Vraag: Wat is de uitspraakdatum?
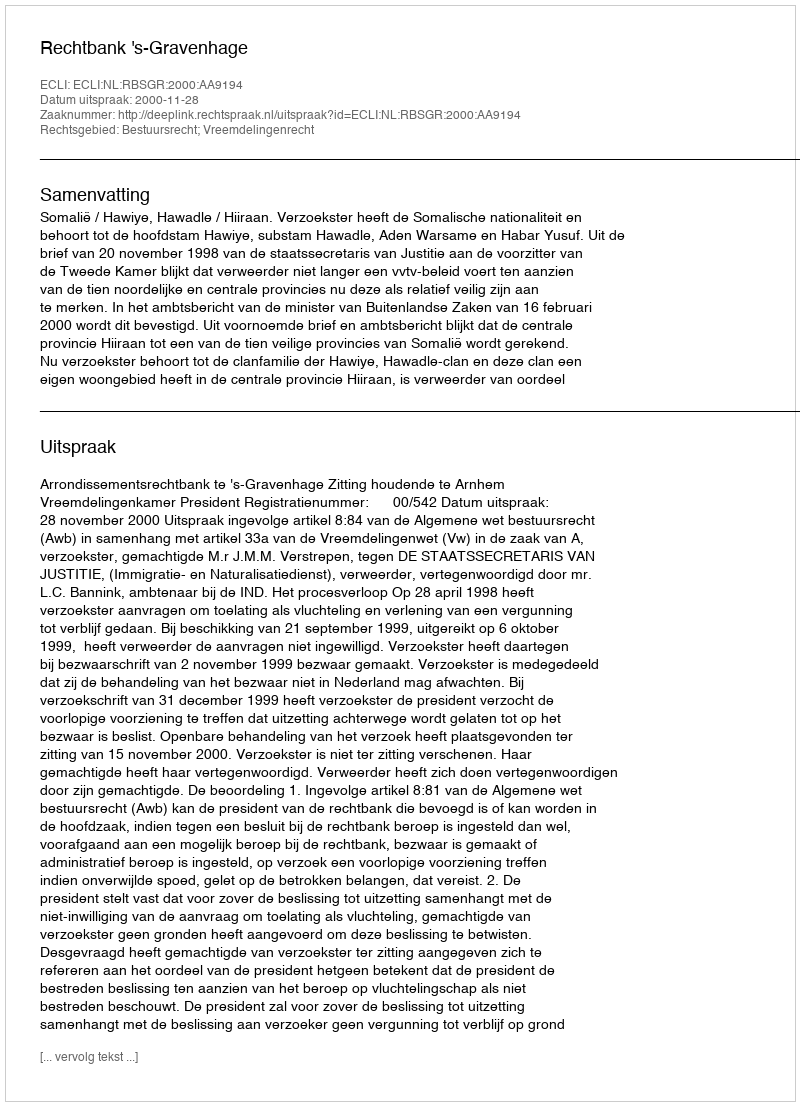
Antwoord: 2000-11-28